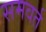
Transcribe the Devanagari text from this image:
समवर्त